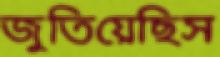
জুতিয়েছিস